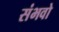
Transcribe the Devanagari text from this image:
संभवो